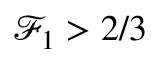
\mathcal { F } _ { 1 } > 2 / 3